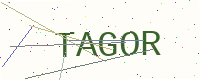
Text: TAGOR